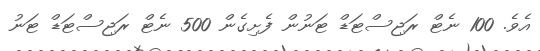
އެވެ. 100 ނެޓް ރަޖިސްޓަޑް ޓަނުން ފެށިގެން 500 ނެޓް ރަޖިސްޓަޑް ޓަނު